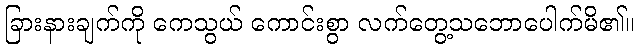
ခြားနားချက်ကို ကေသွယ် ကောင်းစွာ လက်တွေ့သဘောပေါက်မိ၏။